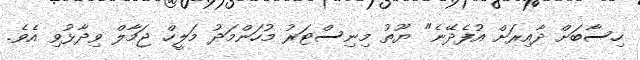
ހިސާބަށް ދާއިރަށް އުފެދޭނެ" ޔޫތު މިނިސްޓަރު މުހަންމަދު މަލީހް ޖަމާލް ވިދާޅުވި އެވެ.